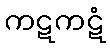
ကဋကဋံ